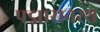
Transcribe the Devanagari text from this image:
पद्मासनस्थ